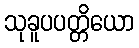
သုခူပပတ္တိယော